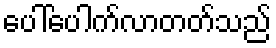
ပေါ်ပေါက်လာတတ်သည်